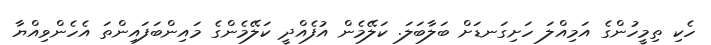
ހެކި ތިމީހުންގެ އަމިއްލަ ހަށިގަނޑަށް ބަލާބަލަ. ކަލޭމެން އުފެއްދީ ކަލޭމެންގެ މައިންބަފައިންތަ އެހެންވިއްޔާ